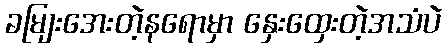
ခမျြးအေးတဲ့နရောမှာ နှေးထှေးတဲ့အသံပဲ